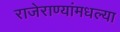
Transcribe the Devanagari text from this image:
राजेराण्यांमधल्या